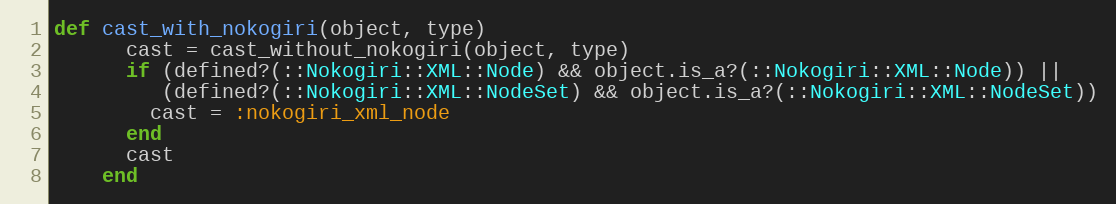
Language: Ruby
def cast_with_nokogiri(object, type)
      cast = cast_without_nokogiri(object, type)
      if (defined?(::Nokogiri::XML::Node) && object.is_a?(::Nokogiri::XML::Node)) ||
         (defined?(::Nokogiri::XML::NodeSet) && object.is_a?(::Nokogiri::XML::NodeSet))
        cast = :nokogiri_xml_node
      end
      cast
    end